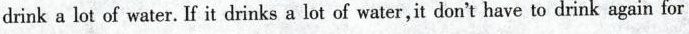
drink a lot of water. If it drinks a lot of water,it don't have to drink again for